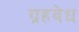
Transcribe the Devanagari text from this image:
ग्रहवेध